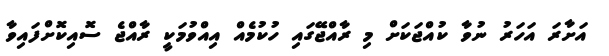
އަށާރަ އަހަރު ނުވާ ކުއްޖަކަށް މި ރާއްޖޭގައި ހުކުމެއް އިއްވުމަކީ ރާއްޖެ ސޮއިކޮށްފައިވާ